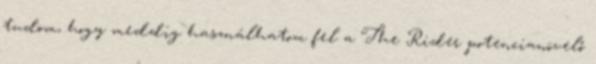
tudom, hogy meddig használhatom fel a The Rider potencianövelő